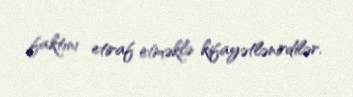
faktını etiraf etməklə kifayətlənirdilər.